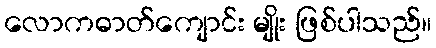
လောကဓာတ်ကျောင်း မျိုး ဖြစ်ပါသည်။